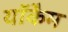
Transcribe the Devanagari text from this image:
याॅकैम